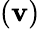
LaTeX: (\mathbf{v})